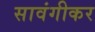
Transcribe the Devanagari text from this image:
सावंगीकर